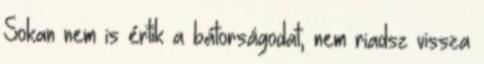
Sokan nem is értik a bátorságodat, nem riadsz vissza